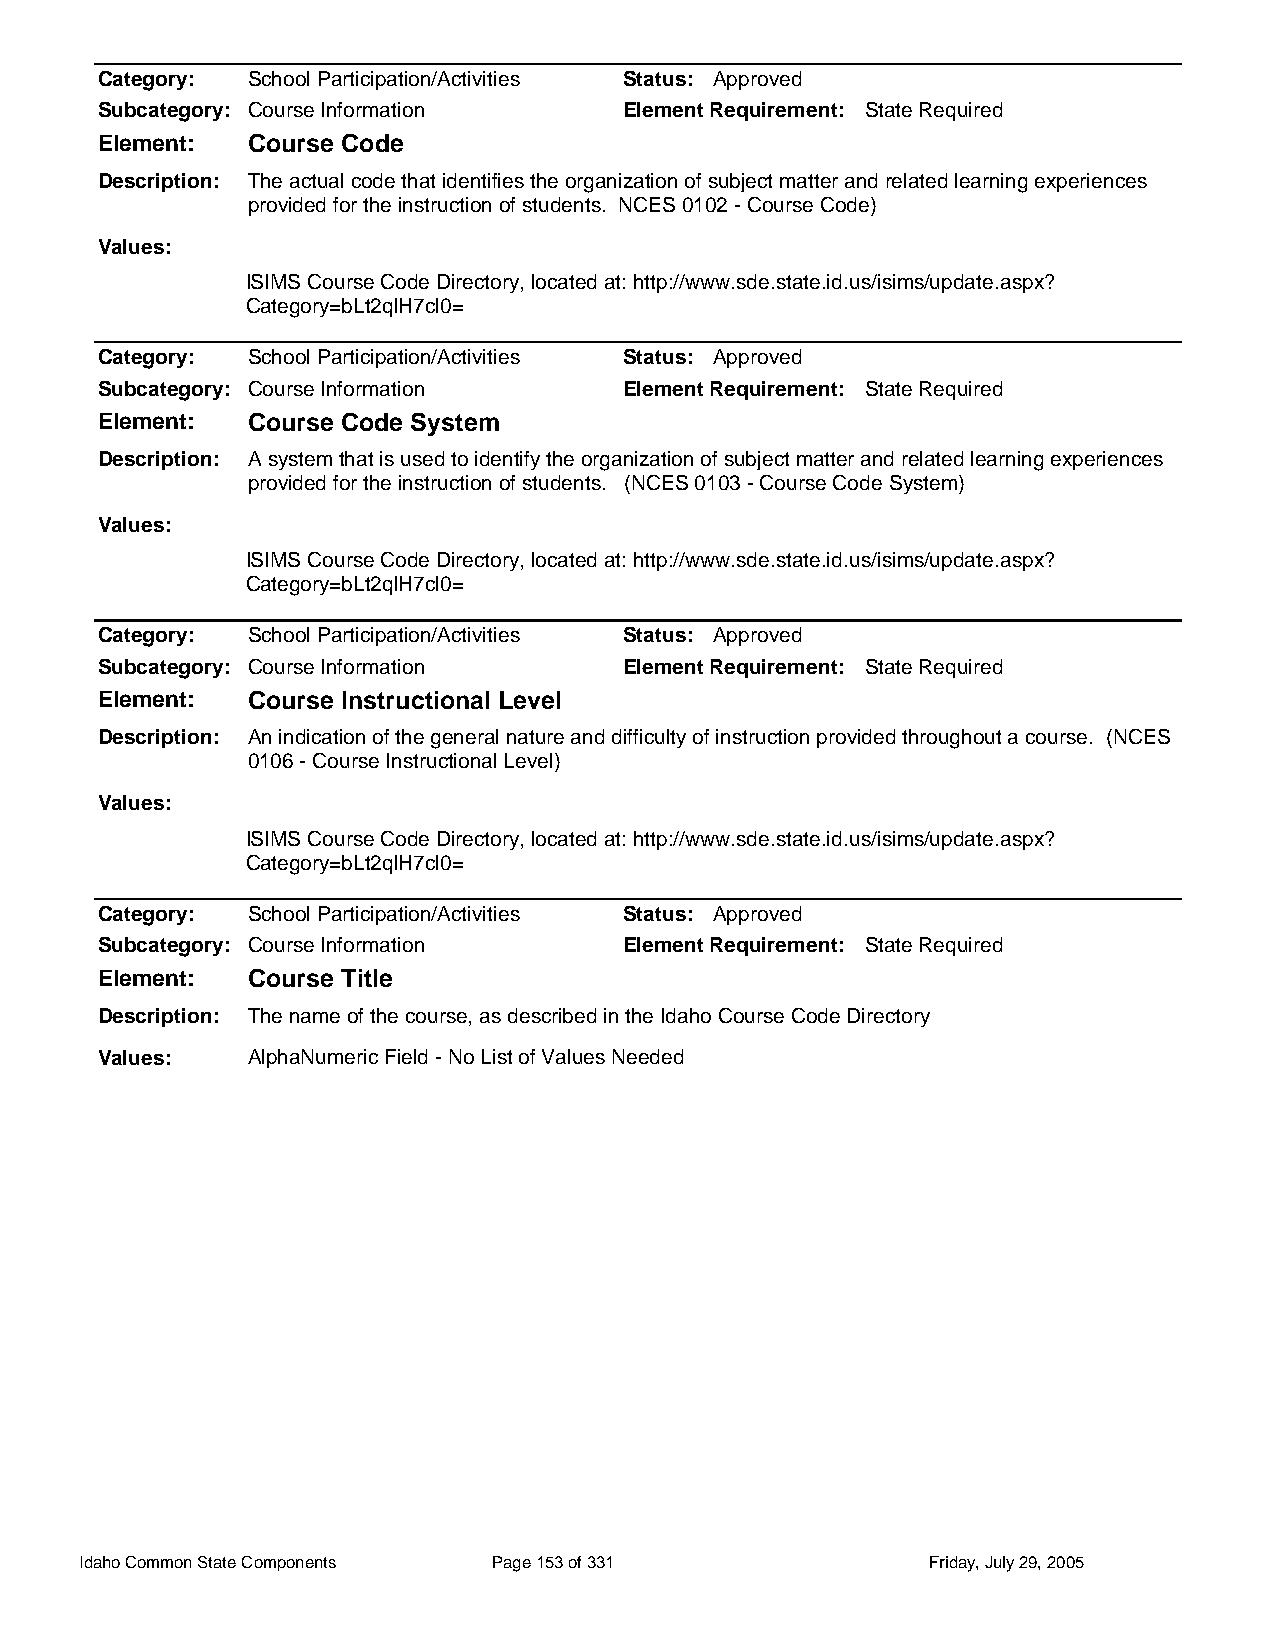
Category: School Participation/Activities Status: Approved
 Subcategory: Course Information    Element Requirement: State Required
 Element:  Course Code
 Description: The actual code that identifies the organization of subject matter and related learning experiences
 provided for the instruction of students. NCES 0102 - Course Code)
 Values:
 ISIMS Course Code Directory, located at: http://www.sde.state.id.us/isims/update.aspx?
 Category=bLt2qlH7cl0=
 Category: School Participation/Activities Status: Approved
 Subcategory: Course Information    Element Requirement: State Required
 Element:  Course Code System
 Description: A system that is used to identify the organization of subject matter and related learning experiences
 provided for the instruction of students. (NCES 0103 - Course Code System)
 Values:
 ISIMS Course Code Directory, located at: http://www.sde.state.id.us/isims/update.aspx?
 Category=bLt2qlH7cl0=
 Category: School Participation/Activities Status: Approved
 Subcategory: Course Information    Element Requirement: State Required
 Element:  Course Instructional Level
 Description: An indication of the general nature and difficulty of instruction provided throughout a course. (NCES
 0106 - Course Instructional Level)
 Values:
 ISIMS Course Code Directory, located at: http://www.sde.state.id.us/isims/update.aspx?
 Category=bLt2qlH7cl0=
 Category: School Participation/Activities Status: Approved
 Subcategory: Course Information    Element Requirement: State Required
 Element:  Course Title
 Description: The name of the course, as described in the Idaho Course Code Directory
 Values:   AlphaNumeric Field - No List of Values Needed
 Idaho Common State Components Page 153 of 331           Friday, July 29, 2005